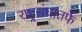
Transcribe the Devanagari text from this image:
राष्ट्र्रसंघातर्फे